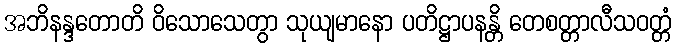
အဘိနန္ဒတောတိ ဝိသောသေတွာ သုယျမာနော ပတိဋ္ဌာပနန္တိ တေစတ္တာလီသဝတ္တံ